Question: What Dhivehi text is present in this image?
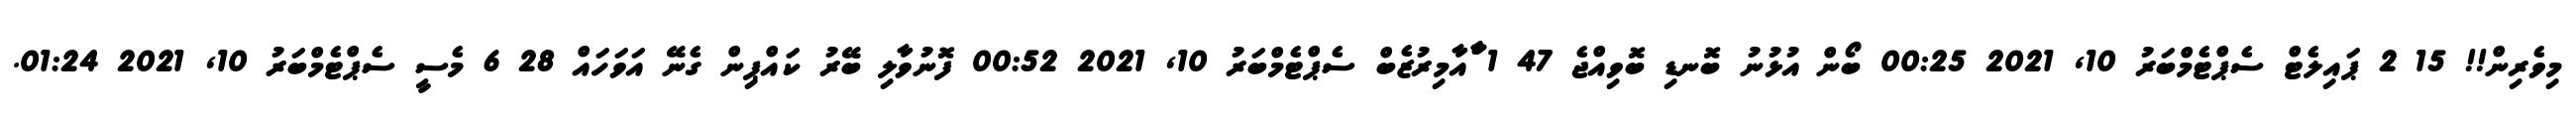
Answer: މިވެރިން!! 15 2 ޕައިލެޓް ސެޕްޓެމްބަރު 10, 2021 00:25 ބޯން އުޅުނު ބޮނޑި ބޮވިއްޖެ 47 1 ާަާއާމިރުޒެބް ސެޕްޓެމްބަރު 10, 2021 00:52 ފޮނުވާލި ބޭރު ކައްޕިން ގެނޭ އަވަހައް 28 6 މެސީ ސެޕްޓެމްބަރު 10, 2021 01:24.